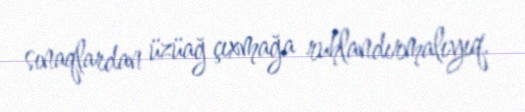
sınaqlardan üzüağ çıxmağa ruhlandırmalıyıq.